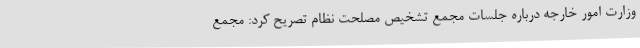
وزارت امور خارجه درباره جلسات مجمع تشخیص مصلحت نظام تصریح کرد: مجمع